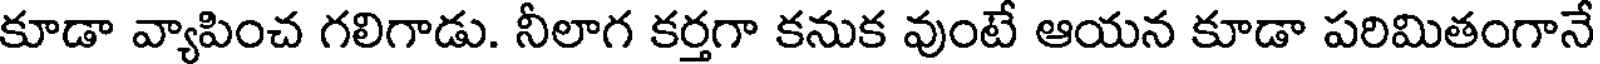
కూడా వ్యాపించ గలిగాడు. నీలాగ కర్తగా కనుక వుంటే ఆయన కూడా పరిమితంగానే